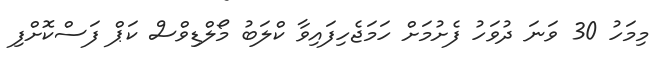
މިމަހު 30 ވަނަ ދުވަހު ފެށުމަށް ހަމަޖެހިފައިވާ ކްލަބު މޯލްޑިވްސް ކަޕް ފަސްކޮށްފި